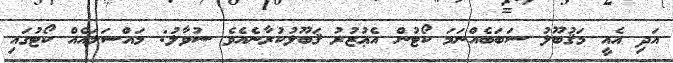
އަދި އެއީ މަޤުބޫލު ސަބަބެއްނަމަ ކޯޓުން އެޢުޒުރު ޤަބޫލުކުރާނެއެވެ ސުވާލު: މައްސަލައެއް ކޯޓުގައި